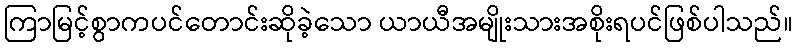
ကြာမြင့်စွာကပင်တောင်းဆိုခဲ့သော ယာယီအမျိုးသားအစိုးရပင်ဖြစ်ပါသည်။